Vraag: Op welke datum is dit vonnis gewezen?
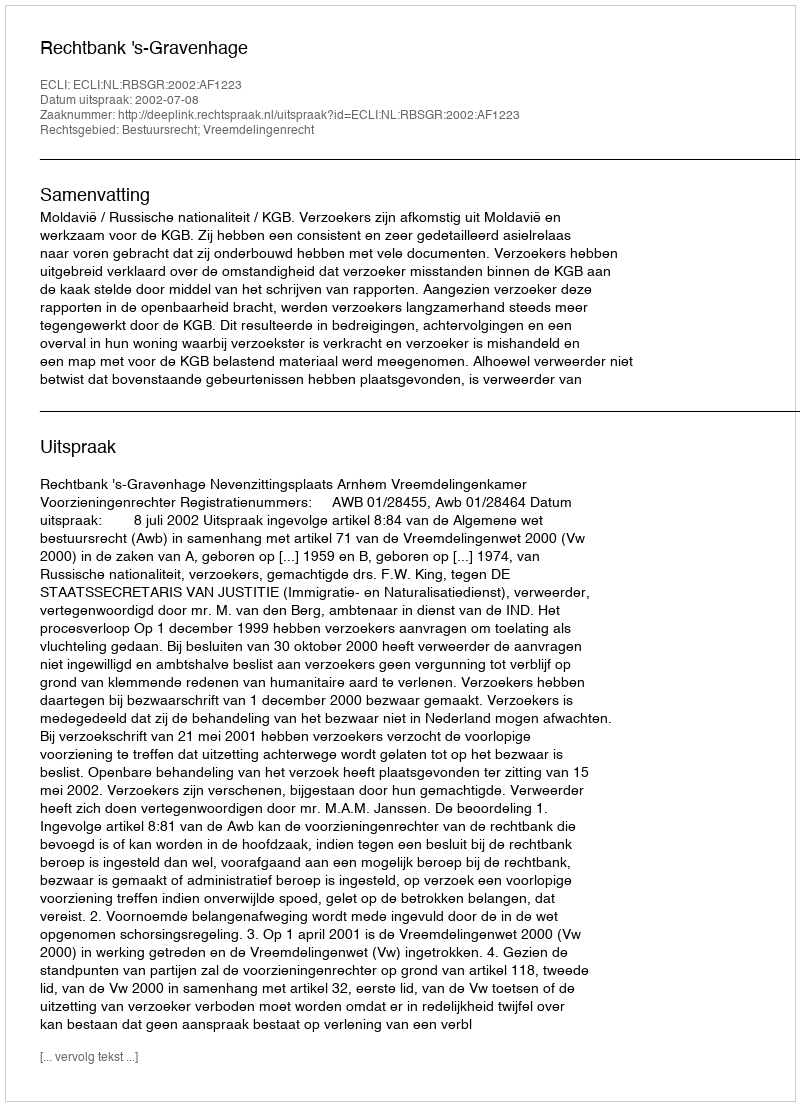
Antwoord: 2002-07-08